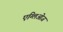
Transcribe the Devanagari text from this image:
एग्लिओज